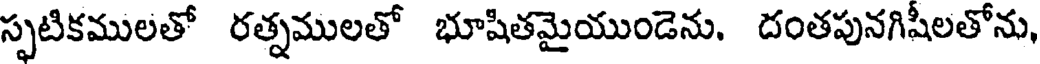
స్పటికములతో రత్నములతో భూషితమైయుండెను. దంతపునగిషీలతోను